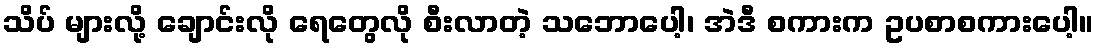
သိပ် များလို့ ချောင်းလို ရေတွေလို စီးလာတဲ့ သဘောပေါ့၊ အဲဒီ စကားက ဥပစာစကားပေါ့။